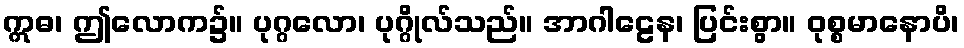
ဣဓ၊ ဤလောက၌။ ပုဂ္ဂလော၊ ပုဂ္ဂိုလ်သည်။ အာဂါဠေန၊ ပြင်းစွာ။ ဝုစ္စမာနောပိ၊